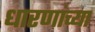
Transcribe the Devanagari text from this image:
धारणांच्या